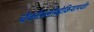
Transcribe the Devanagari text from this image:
चेकोस्लोव्हेकियापर्यंत